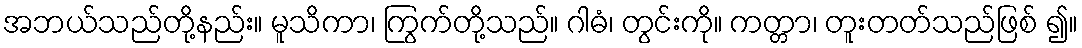
အဘယ်သည်တို့နည်း။ မူသိကာ၊ ကြွက်တို့သည်။ ဂါဓံ၊ တွင်းကို။ ကတ္တာ၊ တူးတတ်သည်ဖြစ် ၍။